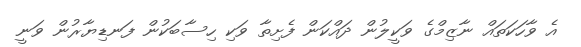
އެ ވާހަކަތައް ނާޒިމްގެ ވަކީލުން ދައްކަން ފެށިތާ ވަކި ހިސާބަކުން ފަނޑިޔާރުން ވަނީ